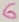
Text: 6